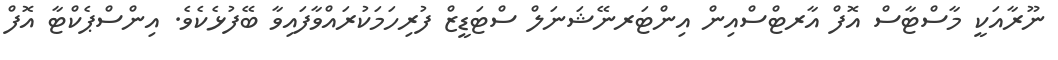
ނޫރާއަކީ މާސްޓާސް އޮފް އާރޓްސްއިން އިންޓަރނޭޝަނަލް ސްޓަޑީޒް ފުރިހަމަކުރައްވާފައިވާ ބޭފުޅެކެވެ. އިންސްޕެކްޓާ އޮފް